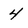
Character: 4